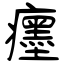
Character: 癦